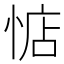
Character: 惦